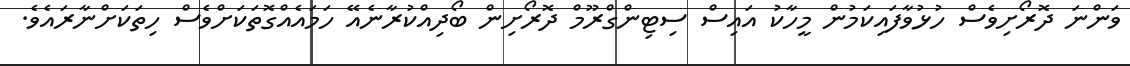
ވަންނަ ދޮރޯށިވެސް ހުޅުވާފައިކަމުން މީހާކު އައިސް ސިޓިންގްރޫމް ދޮރޯށިން ބޯދިއްކުރާނެއޭ ހަމައެއްގޮތަކަށްވެސް ހިތަކަށްނާރައެވެ.